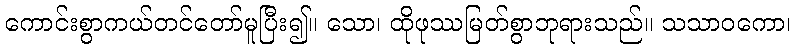
ကောင်းစွာကယ်တင်တော်မူပြီး၍။ သော၊ ထိုဖုဿမြတ်စွာဘုရားသည်။ သသာဝကော၊